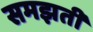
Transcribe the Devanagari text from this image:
समझतीं